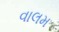
વાલમ